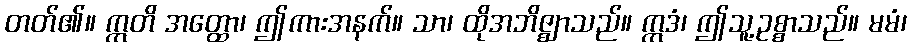
တတ်၏။ ဣတိ အတ္ထော၊ ဤကားအနက်။ သာ၊ ထိုအဘိဇ္ဈာသည်။ ဣဒံ၊ ဤသူ့ဥစ္စာသည်။ မမံ၊